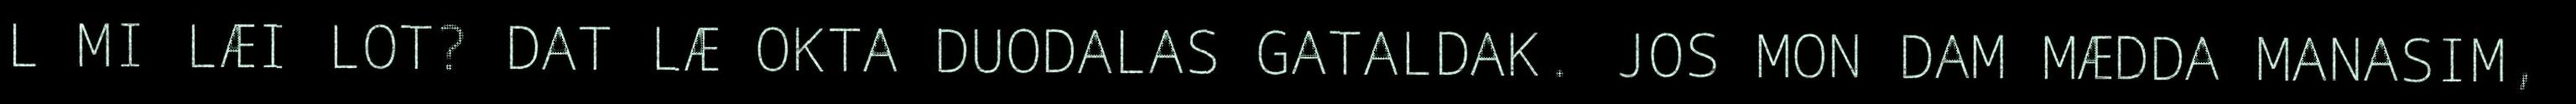
L MI LÆI LOT? DAT LÆ OKTA DUODALAS GATALDAK. JOS MON DAM MÆDDA MANASIM,